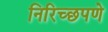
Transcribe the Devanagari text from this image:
निरिच्छपणे